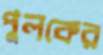
পুলকের